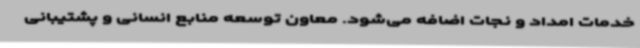
خدمات امداد و نجات اضافه می‌شود. معاون توسعه منابع انسانی و پشتیبانی